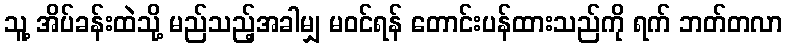
သူ့ အိပ်ခန်းထဲသို့ မည်သည့်အခါမျှ မဝင်ရန် တောင်းပန်ထားသည်ကို ရက် ဘတ်တလာ